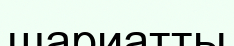
шариатты